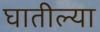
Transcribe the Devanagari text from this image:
घातील्या